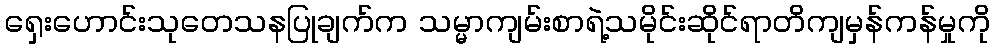
ရှေးဟောင်းသုတေသနပြုချက်က သမ္မာကျမ်းစာရဲ့သမိုင်းဆိုင်ရာတိကျမှန်ကန်မှုကို